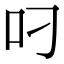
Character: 叼